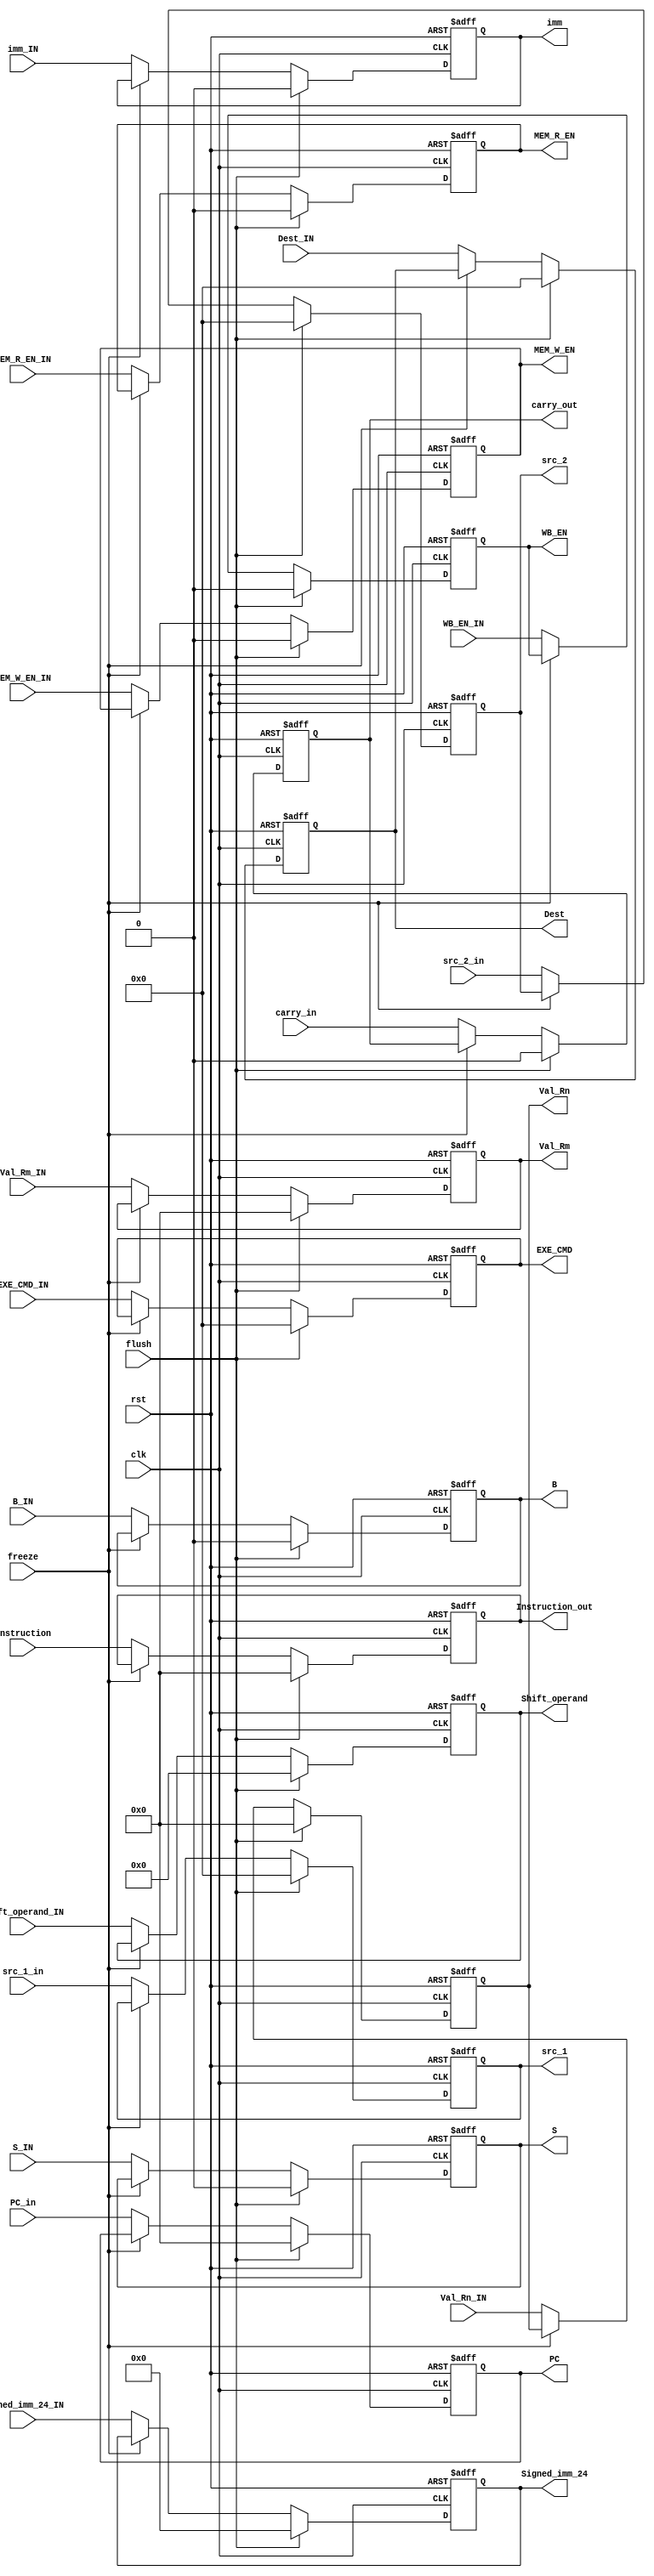
module ID_Stage_Reg (
  clk,
  rst,
  flush,
  freeze,
  WB_EN_IN,
  MEM_R_EN_IN,
  MEM_W_EN_IN,
  B_IN,
  S_IN,
  EXE_CMD_IN,
  PC_in,
  Val_Rn_IN,
  Val_Rm_IN,
  imm_IN,
  Shift_operand_IN,
  Signed_imm_24_IN,
  Dest_IN,
  Instruction,
  src_1_in,
  src_2_in,
  carry_in,
  WB_EN,
  MEM_R_EN,
  MEM_W_EN,
  B,
  S,
  EXE_CMD,
  PC,
  Val_Rn,
  Val_Rm,
  imm,
  Shift_operand,
  Signed_imm_24,
  Dest,
  Instruction_out,
  src_1,
  src_2,
  carry_out
);

	input clk;
	input rst;
	input flush;
	input freeze;
	input WB_EN_IN, MEM_R_EN_IN, MEM_W_EN_IN;
	input B_IN, S_IN;
	input [3:0] EXE_CMD_IN;
	input [31:0] PC_in;
	input [31:0] Val_Rn_IN, Val_Rm_IN;
	input imm_IN;
	input [11:0] Shift_operand_IN;
	input [23:0] Signed_imm_24_IN;
	input [3:0] Dest_IN;
	input [31:0] Instruction;
	input [3:0] src_1_in, src_2_in;
	input carry_in;

	output reg WB_EN, MEM_R_EN, MEM_W_EN, B, S;
	output reg [3:0] EXE_CMD;
	output reg [31:0] PC;
	output reg [31:0] Val_Rn, Val_Rm;
	output reg imm;
	output reg [11:0] Shift_operand;
	output reg [23:0] Signed_imm_24;
	output reg [3:0] Dest;
	output reg [31:0] Instruction_out;
	output reg [3:0] src_1, src_2;
	output reg carry_out;

  always @(posedge clk, posedge rst) begin
	if (rst) begin
		PC <= 0;
		Instruction_out <= 0;
		Dest <= 0;
		Val_Rn <= 0;
		Val_Rm <=0;
		Signed_imm_24 <= 0;
		Shift_operand <= 0;
		EXE_CMD <= 0;
		MEM_R_EN <= 0;
		MEM_W_EN <= 0;
		WB_EN <= 0;
		imm <= 0;
		B <= 0;
		S <= 0;
		src_1 <= 0;
		src_2 <= 0;
		carry_out <= 0;
	end else if (flush) begin
		PC <= 0;
		Instruction_out <= 0;
		Dest <= 0;
		Val_Rn <= 0;
		Val_Rm <=0;
		Signed_imm_24 <= 0;
		Shift_operand <= 0;
		EXE_CMD <= 0;
		MEM_R_EN <= 0;
		MEM_W_EN <= 0;
		WB_EN <= 0;
		imm <= 0;
		B <= 0;
		S <= 0;
		src_1 <= 0;
		src_2 <= 0;
		carry_out <= 0;
	end else if(freeze) begin
		PC <= PC;
		Instruction_out <= Instruction_out;
		Dest <= Dest;
		Val_Rn <= Val_Rn;
		Val_Rm <= Val_Rm;
		Signed_imm_24 <= Signed_imm_24;
		Shift_operand <= Shift_operand;
		EXE_CMD <= EXE_CMD;
		MEM_R_EN <= MEM_R_EN;
		MEM_W_EN <= MEM_W_EN;
		WB_EN <= WB_EN;
		imm <= imm;
		B <= B;
		S <= S;
		src_1 <= src_1;
		src_2 <= src_2;
		carry_out <= carry_out;
	end else begin
		PC <= PC_in;
		Instruction_out <= Instruction;
		Dest <= Dest_IN;
		Val_Rn <= Val_Rn_IN;
		Val_Rm <=Val_Rm_IN;
		Signed_imm_24 <= Signed_imm_24_IN;
		Shift_operand <= Shift_operand_IN;
		EXE_CMD <= EXE_CMD_IN;
		MEM_R_EN <= MEM_R_EN_IN;
		MEM_W_EN <= MEM_W_EN_IN;
		WB_EN <= WB_EN_IN;
		imm <= imm_IN;
		B <= B_IN;
		S <= S_IN;
		src_1 <= src_1_in;
		src_2 <= src_2_in;
		carry_out <= carry_in;
	end
		
  end

endmodule